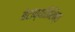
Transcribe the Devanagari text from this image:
बेटांव्यतिरिक्त